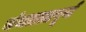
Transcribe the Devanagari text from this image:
चंचलतापूर्ण